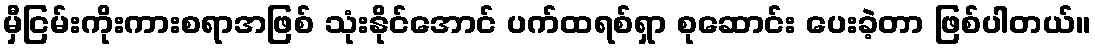
မှီငြမ်းကိုးကားစရာအဖြစ် သုံးနိုင်အောင် ပက်ထရစ်ရှာ စုဆောင်း ပေးခဲ့တာ ဖြစ်ပါတယ်။